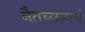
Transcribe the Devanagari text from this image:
नैतच्छठत्वं